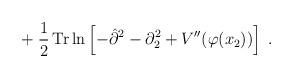
LaTeX: \begin{align*}+\;\frac{1}{2}\, {\rm Tr}\ln\left[-\hat{\partial}^2 - \partial_2^2 + V''(\varphi(x_2)) \right] \;.\end{align*}